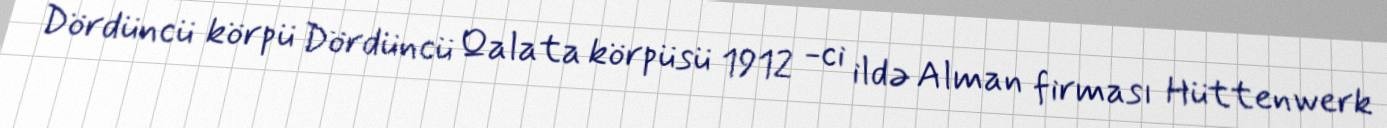
Dördüncü körpü Dördüncü Qalata körpüsü 1912 -ci ildə Alman firması Hüttenwerk